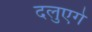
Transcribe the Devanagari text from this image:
दलुएगे